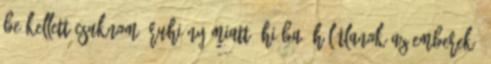
be kellett csuknom áruhiány miatt. Hiába, hálátlanok az emberek.